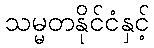
သမ္မတနိုင်ငံနှင့်